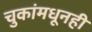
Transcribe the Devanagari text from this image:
चुकांमधूनही